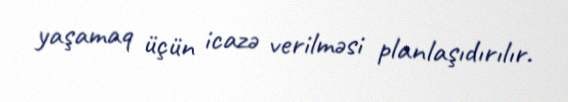
yaşamaq üçün icazə verilməsi planlaşıdırılır.